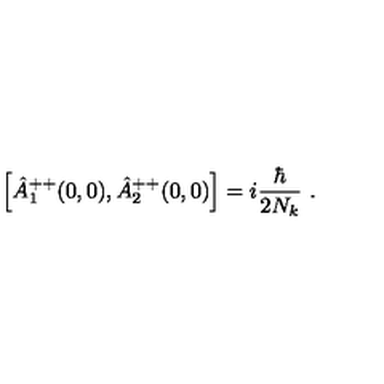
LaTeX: \Big [ \hat { A } _ { 1 } ^ { + + } ( 0 , 0 ) , \hat { A } _ { 2 } ^ { + + } ( 0 , 0 ) \Big ] = i \frac { \hbar } { 2 N _ { k } } \ .